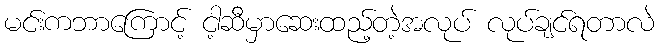
မင်းကဘာကြောင့် ငါ့ဆီမှာဆေးထည့်တဲ့အလုပ် လုပ်ချင်ရတာလဲ